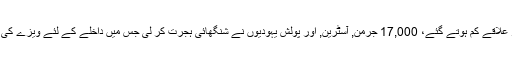
جیسے جیسے مہمان نواز علاقے کم ہوتے گئے، 17,000 جرمن, آسٹرین, اور پولش یہودیوں نے شنگھائی ہجرت کر لی جس میں داخلے کے لئے ویزے کی ضرورت نہیں پڑتی تھی۔